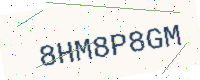
Text: 8HM8P8GM